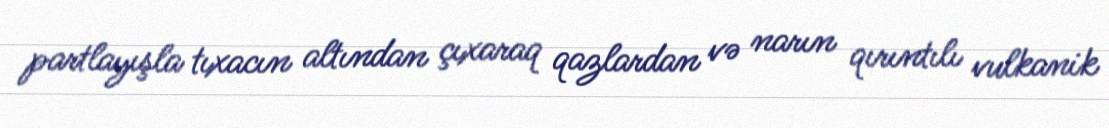
partlayışla tıxacın altından çıxaraq qazlardan və narın qırıntılı vulkanik